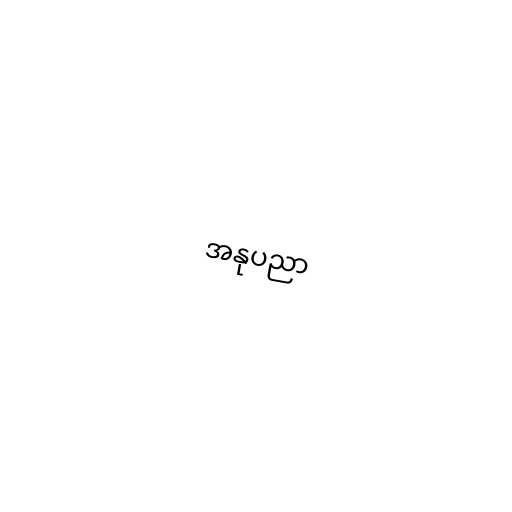
အနုပညာ